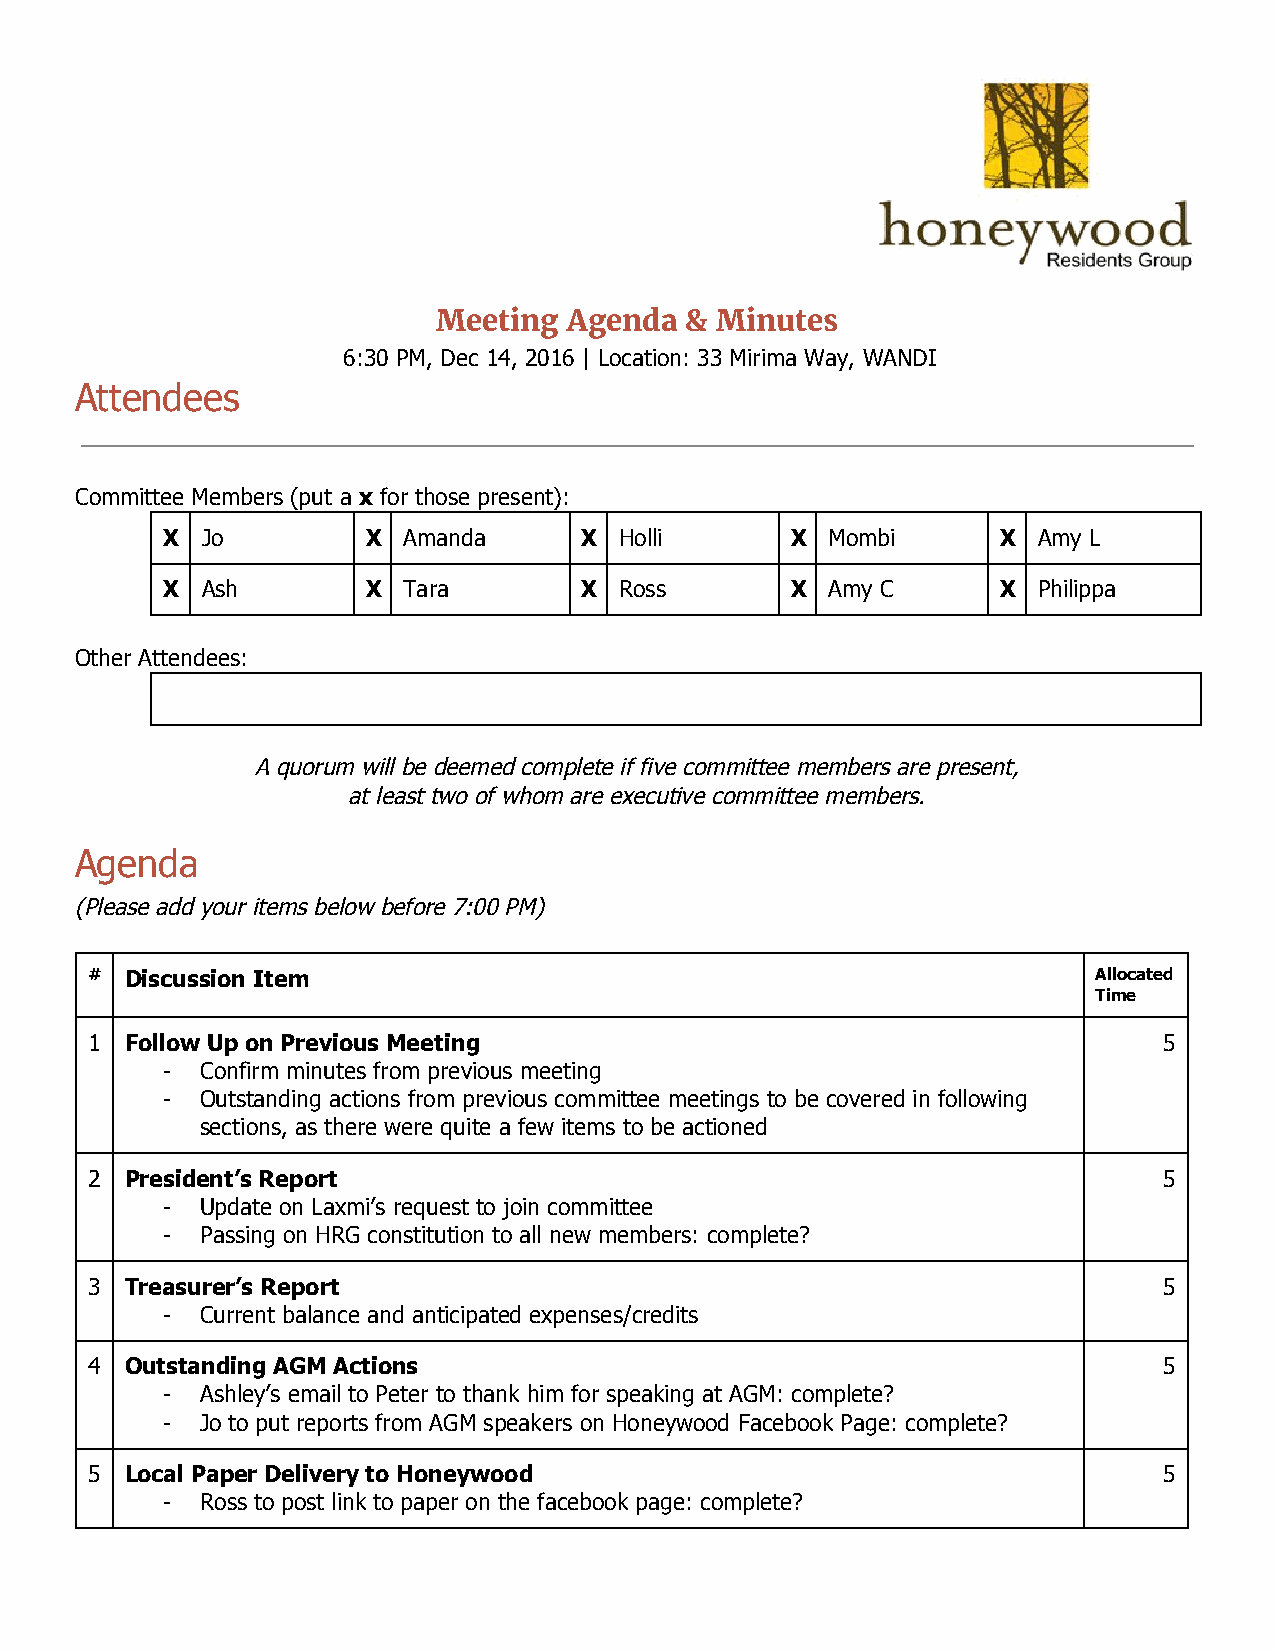
Meeting  Agenda & Minutes
 6:30 PM, Dec 14, 2016 | Location: 33 Mirima Way, WANDI
 Attendees
 Committee Members (put a x for those present):
 ​ ​
 X Jo         X  Amanda     X  Holli      X  Mombi      X  Amy L
 X Ash        X  Tara       X  Ross       X  Amy C      X  Philippa
 Other Attendees:
 A quorum will be deemed complete if five committee members are present,
 at least two of whom are executive committee members.
 Agenda
 (Please add your items below before 7:00 PM)
 # Discussion Item                                                  Allocated
 Time
 1 Follow Up on Previous Meeting                                        5
 - Confirm minutes from previous meeting
 - Outstanding actions from previous committee meetings to be covered in following
 sections, as there were quite a few items to be actioned
 2 President’s Report                                                   5
 - Update on Laxmi’s request to join committee
 - Passing on HRG constitution to all new members: complete?
 3 Treasurer’s Report                                                   5
 - Current balance and anticipated expenses/credits
 4 Outstanding AGM Actions                                              5
 - Ashley’s email to Peter to thank him for speaking at AGM: complete?
 - Jo to put reports from AGM speakers on Honeywood Facebook Page: complete?
 5 Local Paper Delivery to Honeywood                                    5
 - Ross to post link to paper on the facebook page: complete?